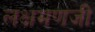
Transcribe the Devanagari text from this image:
लक्षमणजी